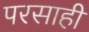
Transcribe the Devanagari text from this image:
परसाही